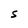
Character: S